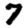
Digit: 7